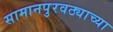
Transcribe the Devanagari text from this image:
सामानपुरवठ्याच्या